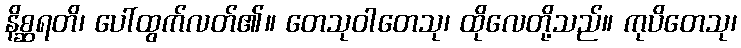
နိစ္ဆရတိ၊ ပေါ်ထွက်လတ်၏။ တေသုဝါတေသု၊ ထိုလေတို့သည်။ ကုပိတေသု၊